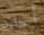
أحدد